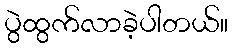
ပွဲထွက်လာခဲ့ပါတယ်။